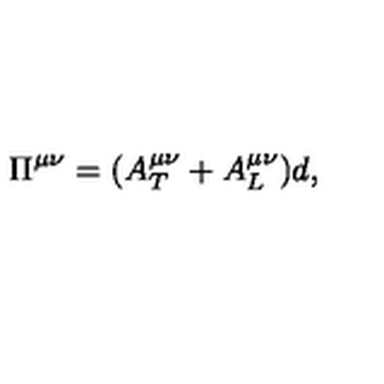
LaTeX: \Pi ^ { \mu \nu } = ( A _ { T } ^ { \mu \nu } + A _ { L } ^ { \mu \nu } ) d ,